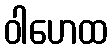
ဝါဟေထ